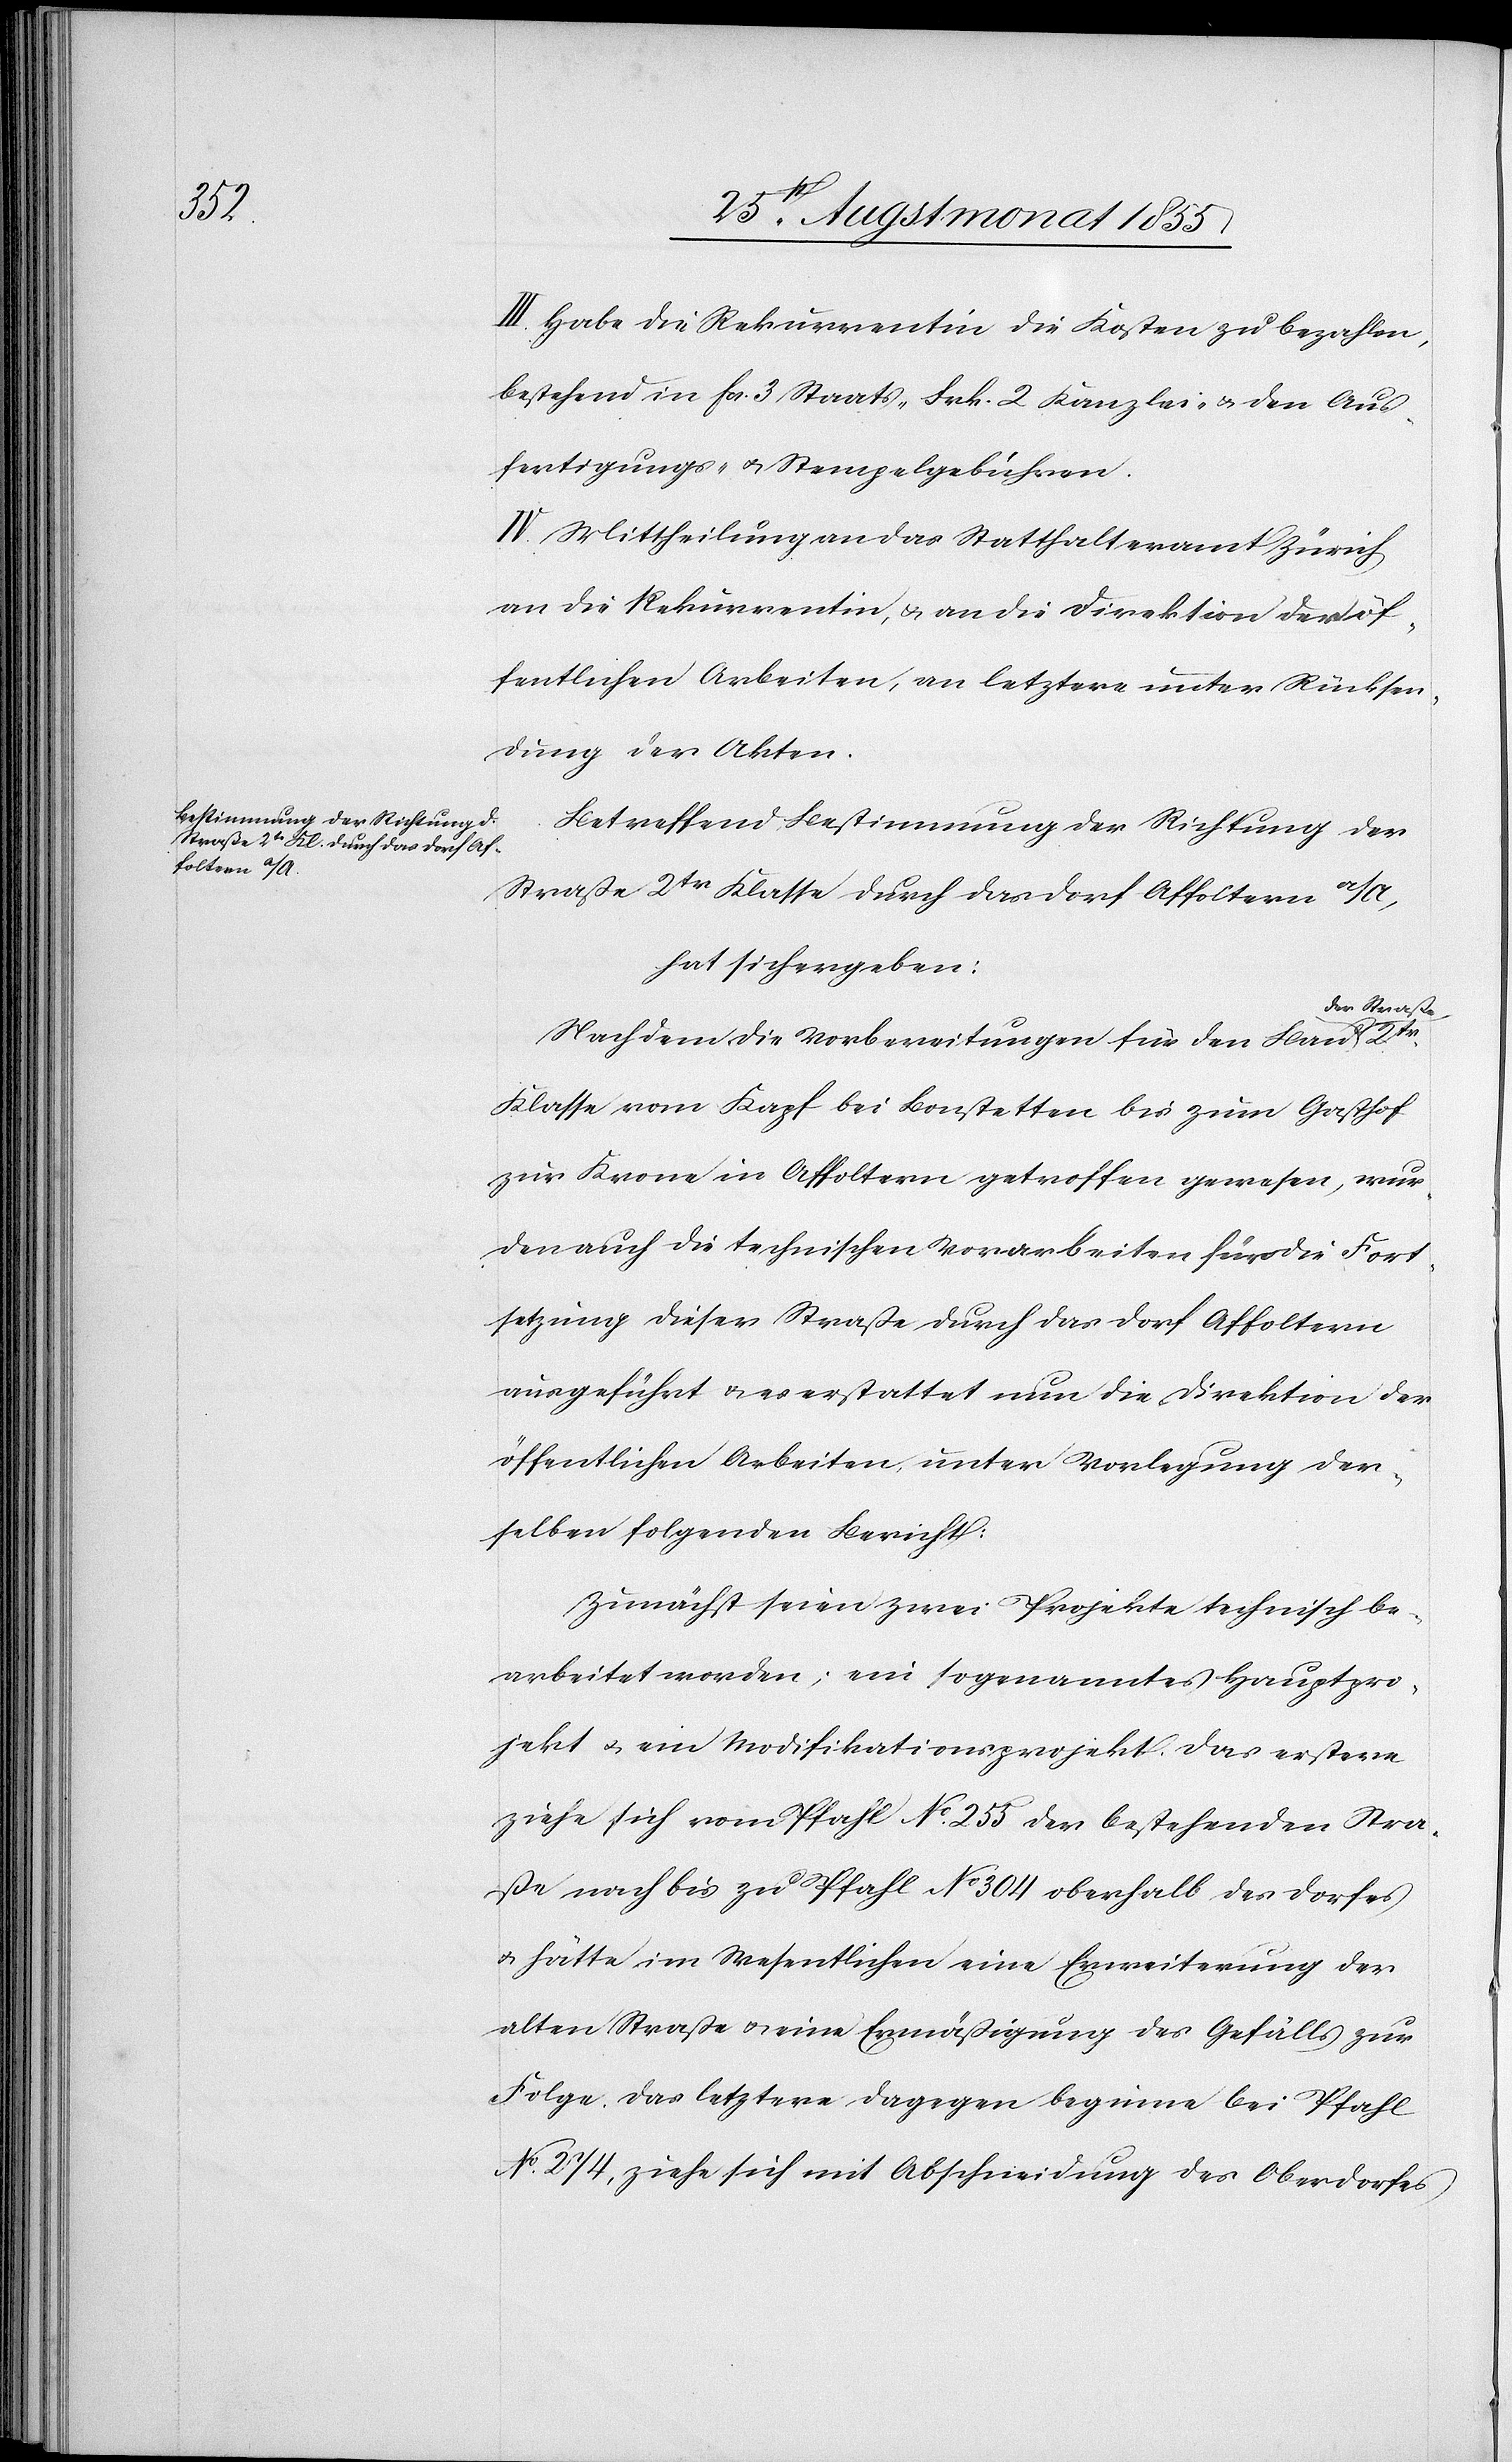
2tr.
III. Habe die Rekurrentin die Kosten zu bezahlen,
bestehend in Fcs. 3 Staats-[,] Frk. 2 Kanzlei- & den Aus¬
fertigungs- & Stempelgebühren.
IV. Mittheilung an das Statthalteramt Zürich[,]
an die Rekurrentin, & an die Direktion der öf¬
fentlichen Arbeiten, an letztere unter Rücksen¬
dung der Akten.
Betreffend Bestimmung der Richtung der
Straße 2tr Klasse durch das Dorf Affoltern a/A,
hat sich ergeben:
der Straße
Nachdem die Vorbereitungen für den Bau
Klasse vom Kapf bei Bonstetten bis zum Gasthof
zur Krone in Affoltern getroffen gewesen, wur¬
den auch die technischen Vorarbeiten für die Fort¬
setzung dieser Straße durch das Dorf Affoltern
ausgeführt & es erstattet nun die Direktion der
öffentlichen Arbeiten unter Vorlegung der¬
selben folgenden Bericht:
Zunächst seien zwei Projekte technisch be¬
arbeitet worden; ein sogenanntes Hauptpro¬
jekt & ein Modifikationsprojekt. Das erstere
ziehe sich vom Pfahl No. 255 der bestehenden Stra¬
ße nach bis zu Pfahl No 304 oberhalb des Dorfes
& hätte im Wesentlichen eine Erweiterung der
alten Straße & eine Ermäßigung des Gefälls zur
Folge. Das letztere dagegen beginne bei Pfahl
No. 274, ziehe sich mit Abschneidung des Oberdorfes